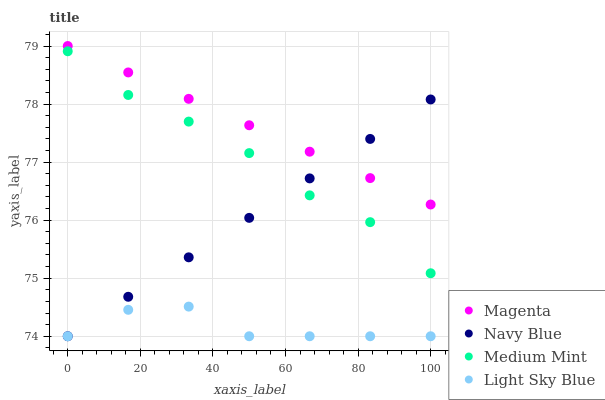
| xaxis_label | Magenta | Navy Blue | Medium Mint | Light Sky Blue |
 | --- | --- | --- | --- | --- |
 | 0 | 79 | 74 | 78.9 | 74 |
 | 16.7 | 78.5 | 74.7 | 78.2 | 74.5 |
 | 33.3 | 78.1 | 75.4 | 77.7 | 74.5 |
 | 50 | 77.6 | 76 | 77.2 | 74 |
 | 66.7 | 77.2 | 76.7 | 76.4 | 74 |
 | 83.3 | 76.7 | 77.4 | 76 | 74 |
 | 100 | 76.3 | 78.1 | 75.1 | 74 |